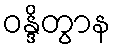
ဝန္ဒိတွာန